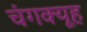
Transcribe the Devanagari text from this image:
चंगक्यूह